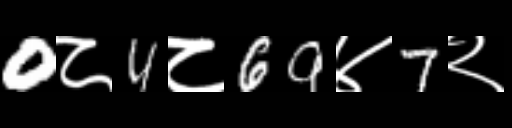
Text: 0८4८69४7२